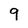
Character: 9